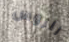
للروس